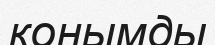
конымды